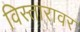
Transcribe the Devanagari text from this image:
विस्तारावर